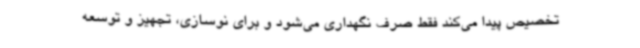
تخصیص پیدا می‌کند فقط صرف نگهداری می‌شود و برای نوسازی، تجهیز و توسعه